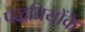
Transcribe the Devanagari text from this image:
पद्धतियोंके